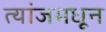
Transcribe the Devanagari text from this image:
त्यांजमधून